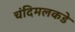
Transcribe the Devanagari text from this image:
चंदिमलकडे